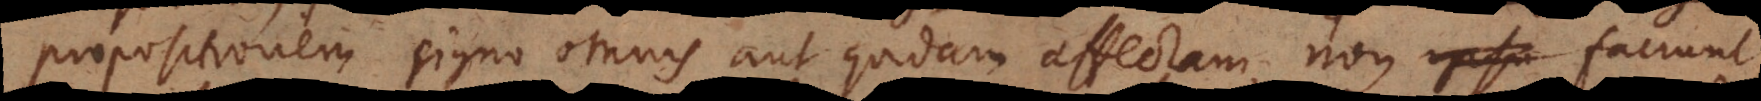
positionem signo omnis aut quidam affectam, non ipsu faciunt